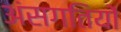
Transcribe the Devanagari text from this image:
अंसगतियों